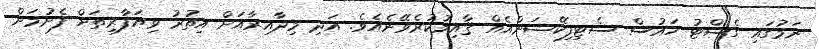
ނަމުގައި ގެސްޓު ހައުސް ސެޓިފިކޭޝަންއެއް ޤާއިމުކުރެވޭނެއެވެ. އަދި މިދާއިރާއަށް އިތުރު ވިޔަފާރިތަށް ފެށުމަށް